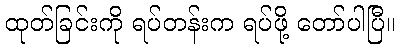
ထုတ်ခြင်းကို ရပ်တန်းက ရပ်ဖို့ တော်ပါပြီ။